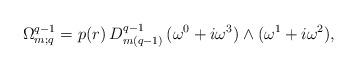
LaTeX: \begin{align*}\Omega^{q-1}_{m;q}=p(r)\,D^{q-1}_{m(q-1)}\,(\omega^0+i\omega^3)\wedge(\omega^1+i\omega^2),\end{align*}